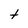
Character: t